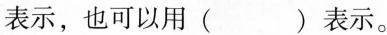
表示，也可以用()表示。